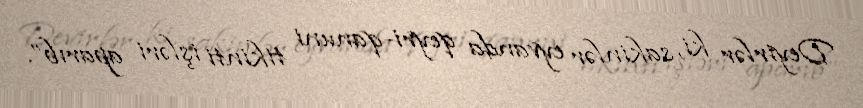
Deyirlər ki, sakinlər eyvanda qeyri-qanuni tikinti işləri aparıb”.